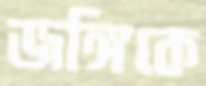
জঙ্গিকে